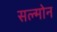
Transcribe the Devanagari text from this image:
सल्मोन